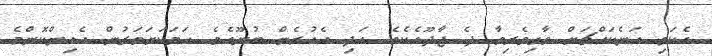
އެކަތި އަނެކައްޗަށް ވާގިވެރިވާ ދެ ޖާދޫއެކެވެ. އަދި އެއުރެން ބުނޫއެވެ. ހަމަކަށަވަރުން އެއިންކޮންމެ